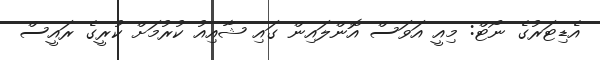
އެޑިޓަރުގެ ނޯޓް: މިއީ އަވަސް އޮންލައިން ގައި ޝާއިއު ކުރުމަށް ކުރީގެ ރައީސް